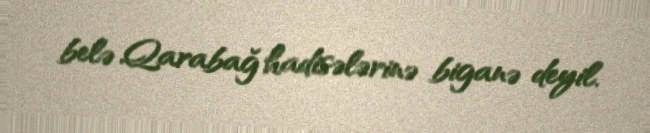
belə Qarabağ hadisələrinə biganə deyil.